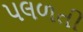
પલળતી